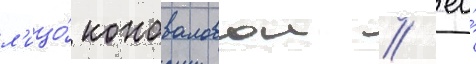
л'ицо́ коноваловои / ео́